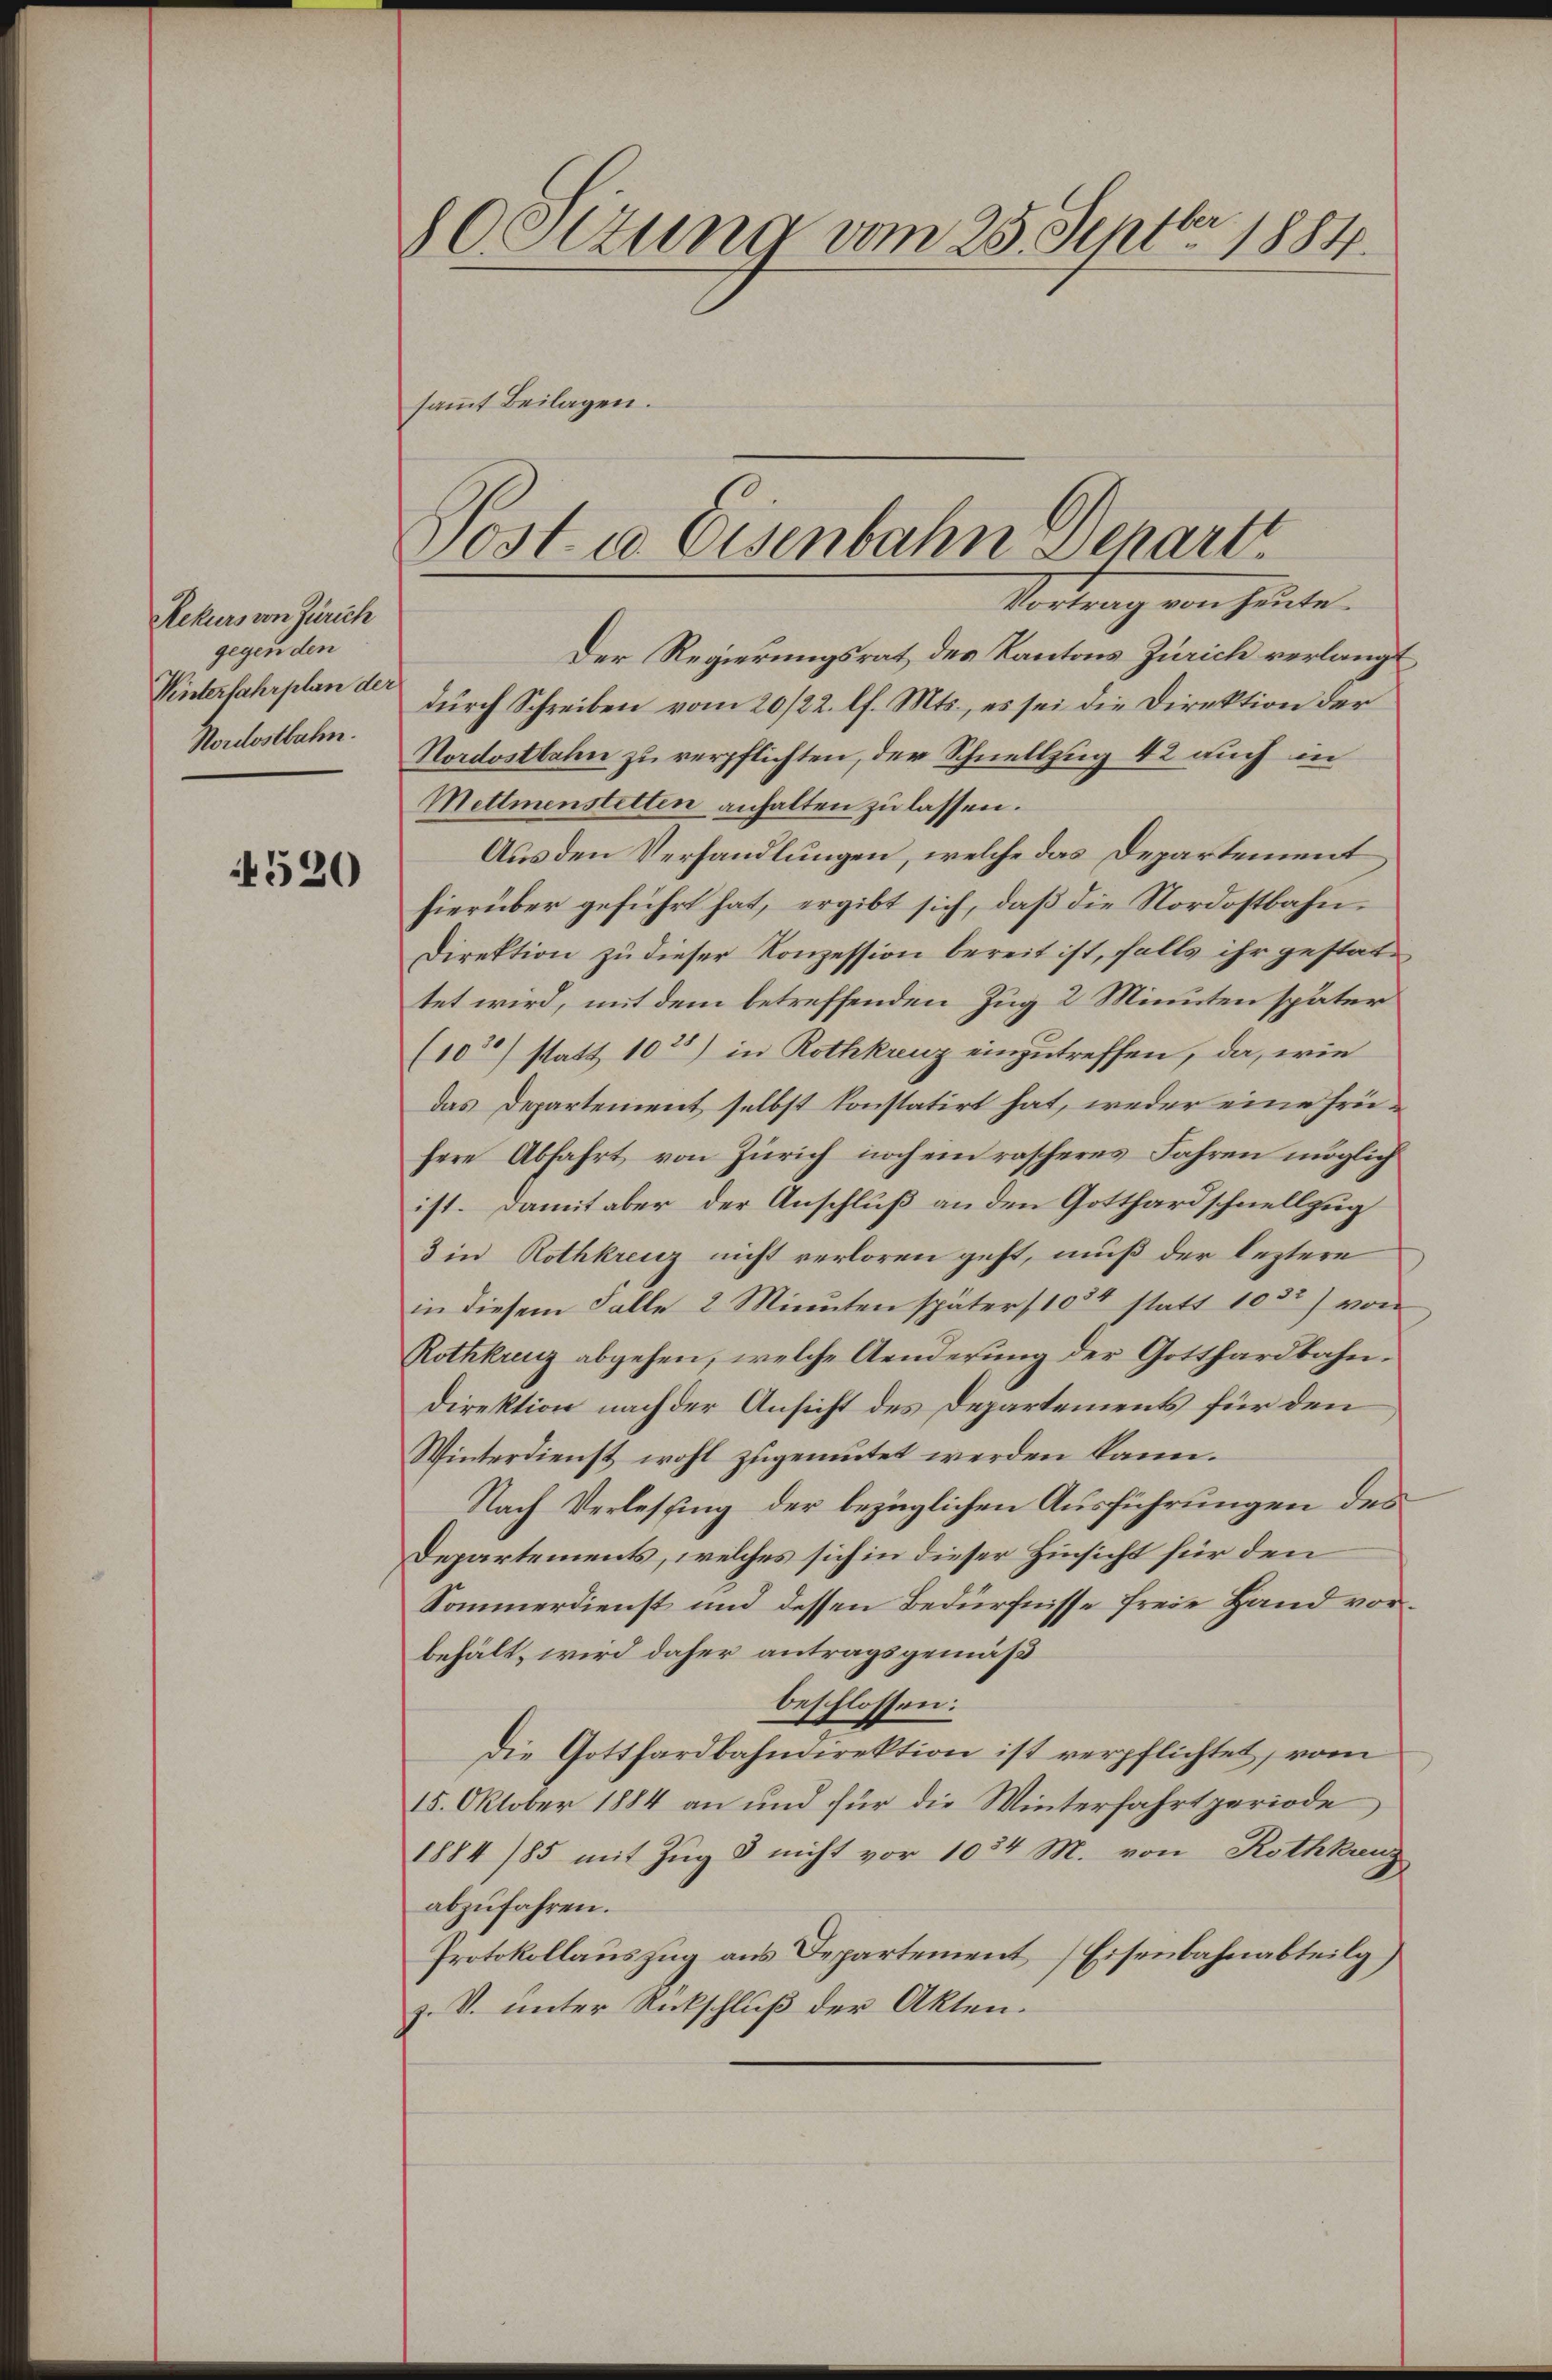
Rekurs von Zürich
gegen den
Winterfahrplan de
Nordostbahn.

4520

OOttung vom 25. Septbr. 1884.

sammt Beilagen.

Post u. Eisenbahn Schart.
Vortrag von heute
Der Regierungsrat des Kantons Zürich verlangt

durch Schreiben vom 20/22. lf. Mts., es sei die Direktion der
Nordostbahn zu verpflichten, der Schnellzug 42 auch in
Mettmenstetten anhalten zu lassen.
Aus den Verhandlungen, welche das Departement
hierüber geführt hat, ergibt sich, daß die Nordostbahn¬
Direktion zu dieser Konzession bereit ist, falls ihr gestattet wird, mit dem betreffenden Zug 2 Minuten später
(102) statt 102) in Rothkreuz einzutreffen, da, wie
das Departement selbst konstatirt hat, weder eine frühere Abfahrt von Zürich noch ein rascheres Jahren möglich
ist. Damit aber der Anschluß an den Gotthard schnellzug
3 in Rothkreuz nicht verloren geht, muß der leztere
in diesem Falle 2 Minuten später 100 statt 1032) von
Rothkreuz abgehen, welche Aenderŭng der Gotthardbahn-
Direktion nach der Ansicht des Departements für den
Winterdienst wohl zugemutet werden kann.
Nach Verlesung der bezüglichen Ausführungen des
Departements, welches sich in dieser Hinsicht für den
Sommerdienst und dessen Bedürfnisse freie Hand vorbehält, wird daher antragsgemäß
beschlossen:
Die Gotthardbahndirektion ist verpflichtet, vom
15. Oktober 1884 an und für die Winterfahrt periode
1884/85 mit Zug 3 nicht vor 1084 M. von Rothkanz
abzufahren.
Protokollauszug aus Departement, Eisenbahnabteilg
z. V. unter Rückschluß der Akten.